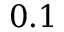
0 . 1